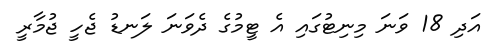
އަދި 18 ވަނަ މިނިޓުގައި އެ ޓީމުގެ ދެވަނަ ލަނޑު ޖެހީ ޖުމާރީ